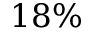
1 8 \%